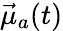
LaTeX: \vec{\mu}_{a}(t)